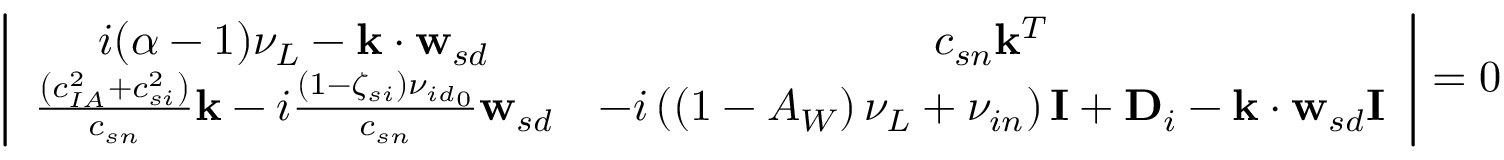
\left| \begin{array} { c c } { i ( \alpha - 1 ) \nu _ { { L } } - \mathbf { k } \cdot \mathbf { w } _ { s d } } & { c _ { { s n } } \mathbf { k } ^ { T } } \\ { \frac { \left( c _ { { I A } } ^ { 2 } + c _ { { s i } } ^ { 2 } \right) } { c _ { { s n } } } \mathbf { k } - i \frac { ( 1 - \zeta _ { s i } ) { \nu _ { i d } } _ { 0 } } { c _ { s n } } \mathbf { w } _ { s d } } & { - i \left( \left( 1 - A _ { W } \right) \nu _ { { L } } + \nu _ { { i n } } \right) \mathbf { I } + \mathbf { D } _ { i } - \mathbf { k } \cdot \mathbf { w } _ { s d } \mathbf { I } } \end{array} \right| = 0